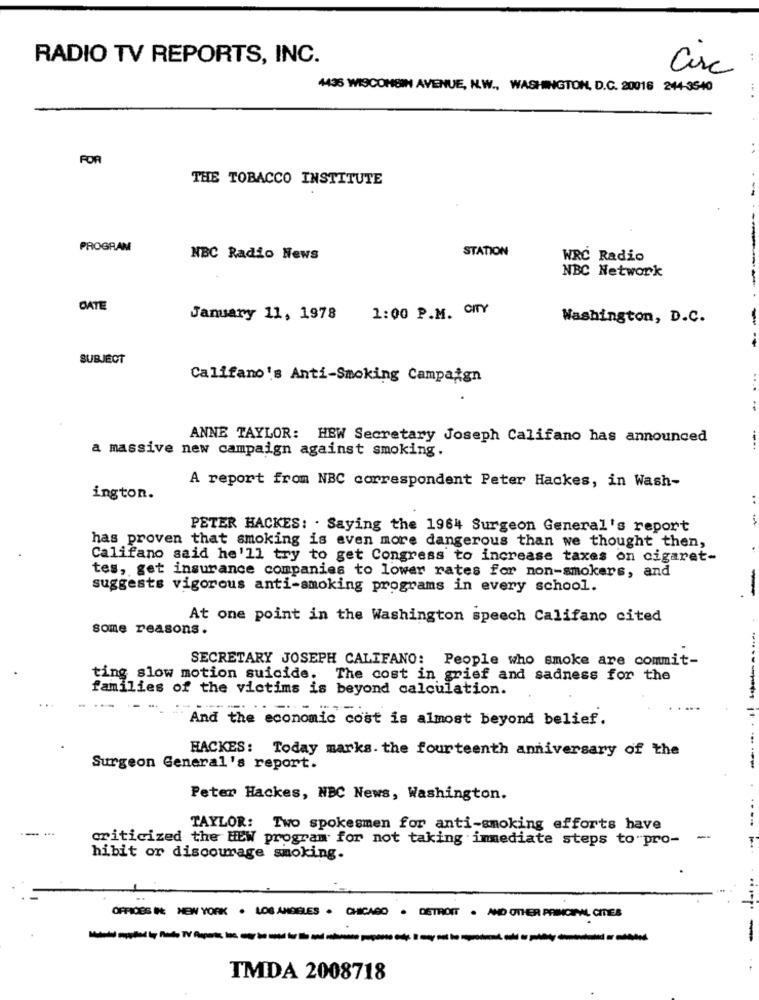
RADIO TV REPORTS, INC.
Circ
4436 WISCONSIN AVENUE, N.W ., WASHINGTON, D.C. 20016 244-3540
FOR
THE TOBACCO INSTITUTE
PROGRAM
STATION
NBC Radio News
WRC Radio
NBC Network
DATE
1:00 P.M. CITY
January 11, 1978
Washington, D.C.
SUBJECT
Califano's Anti-Smoking Campaign
ANNE TAYLOR: HBW Secretary Joseph Califano has announced
a massive new campaign against smoking.
A report from NBC correspondent Peter Hackes, in Wash-
ington.
..
PETER HACKES: . Saying the 1964 Surgeon General's report
has proven that smoking is even more dangerous than we thought then,
Califano said he'll try to get Congress to increase taxes on cigaret-
tes, get insurance companies to lower rates for non-smokers, and
-
suggests vigorous anti-smoking programs in every school.
At one point in the Washington speech Califano cited
some reasons.
SECRETARY JOSEPH CALIFANO: People who smoke are commit-
ting slow motion suicide. The cost in grief and sadness for the
families of the victims is beyond calculation.
And the economic cost is almost beyond belief.
HACKES: Today marks. the fourteenth anniversary of the
Surgeon General's report.
Peter Hackes, NBC News, Washington.
--- -.
TAYLOR: Two spokesmen for anti-smoking efforts have
criticized the HEW program for not taking immediate steps to pro-
-
hibit or discourage smoking.
OFFICES It: NEW YORK . LOS ANGELES . CHICAGO . DETROIT . AND OTHER PRINCIPAL CITES
-
TMDA 2008718